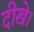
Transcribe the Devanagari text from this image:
दीखे।